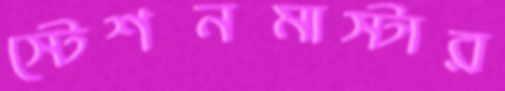
স্টেশনমাস্টার